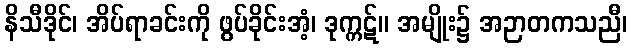
နိသီဒိုင်၊ အိပ်ရာခင်းကို ဖွပ်ခိုင်းအံ့၊ ဒုက္ကဋ်။ အမျိုး၌ အဉာတကသညီ၊